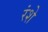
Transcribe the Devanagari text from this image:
रंशे